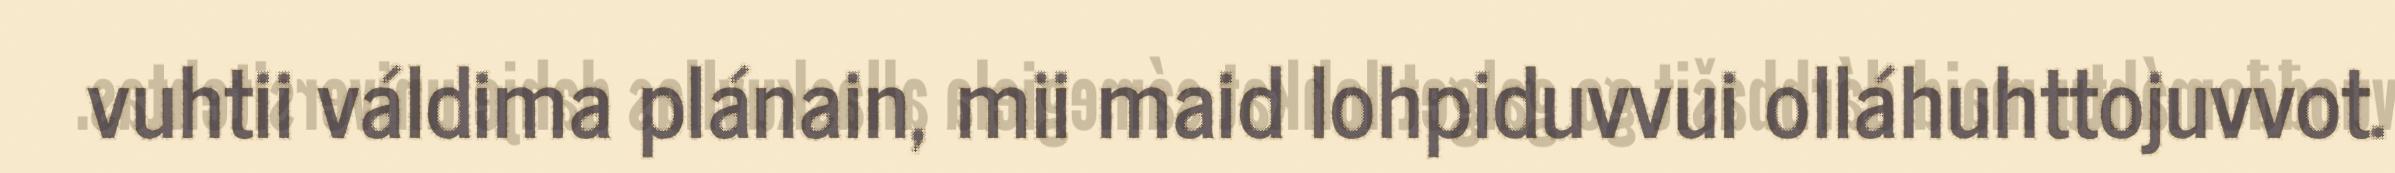
vuhtii váldima plánain, mii maid lohpiduvvui olláhuhttojuvvot.